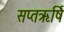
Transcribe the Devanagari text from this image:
सप्तऋर्षि